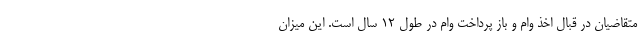
متقاضیان در قبال اخذ وام و باز پرداخت وام در طول 12 سال است. این میزان